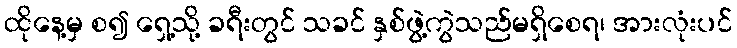
ထိုနေ့မှ စ၍ ရှေ့သို့ ခရီးတွင် သခင် နှစ်ဖွဲ့ကွဲသည်မရှိစေရ၊ အားလုံးပင်